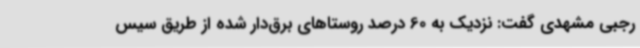
رجبی مشهدی گفت: نزدیک به 60 درصد روستاهای برق‌دار شده از طریق سیس